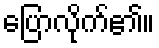
ပြောလိုက်၏။